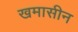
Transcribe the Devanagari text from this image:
खमासीन